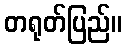
တရုတ်ပြည်။